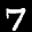
Label: 7